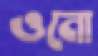
ওনো